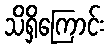
သိရှိကြောင်း